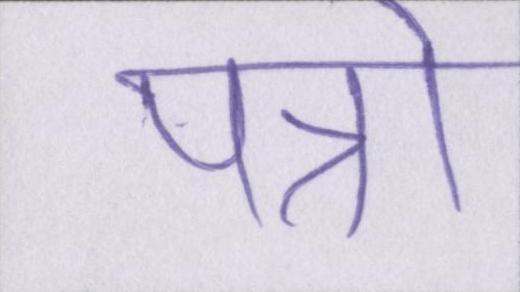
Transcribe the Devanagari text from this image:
पत्रो